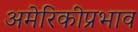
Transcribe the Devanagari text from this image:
अमेरिकीप्रभाव